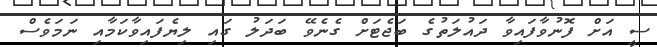
ސީ އަށް ފޮނުވާފައިވާ ދައުލަތުގެ ބަޖެޓަށް ގެނެވޭ ބަދަލު ގައި ލިޔެފައިވާކަމާއި ނަމަވެސް